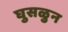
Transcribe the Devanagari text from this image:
घुसळुन